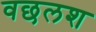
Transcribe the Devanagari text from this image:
वछलश